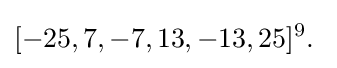
[-25,7,-7,13,-13,25]^{9}.\